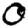
Digit: 0